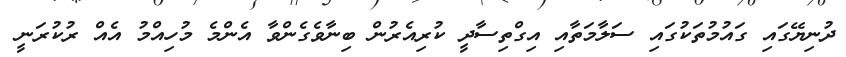
ދުނިޔޭގައި ގައުމުތަކުގައި ސަލާމަތާއި އިގްތިސާދީ ކުރިއެރުން ބިނާވެގެންވާ އެންމެ މުހިއްމު އެއް ރުކުރަނީ